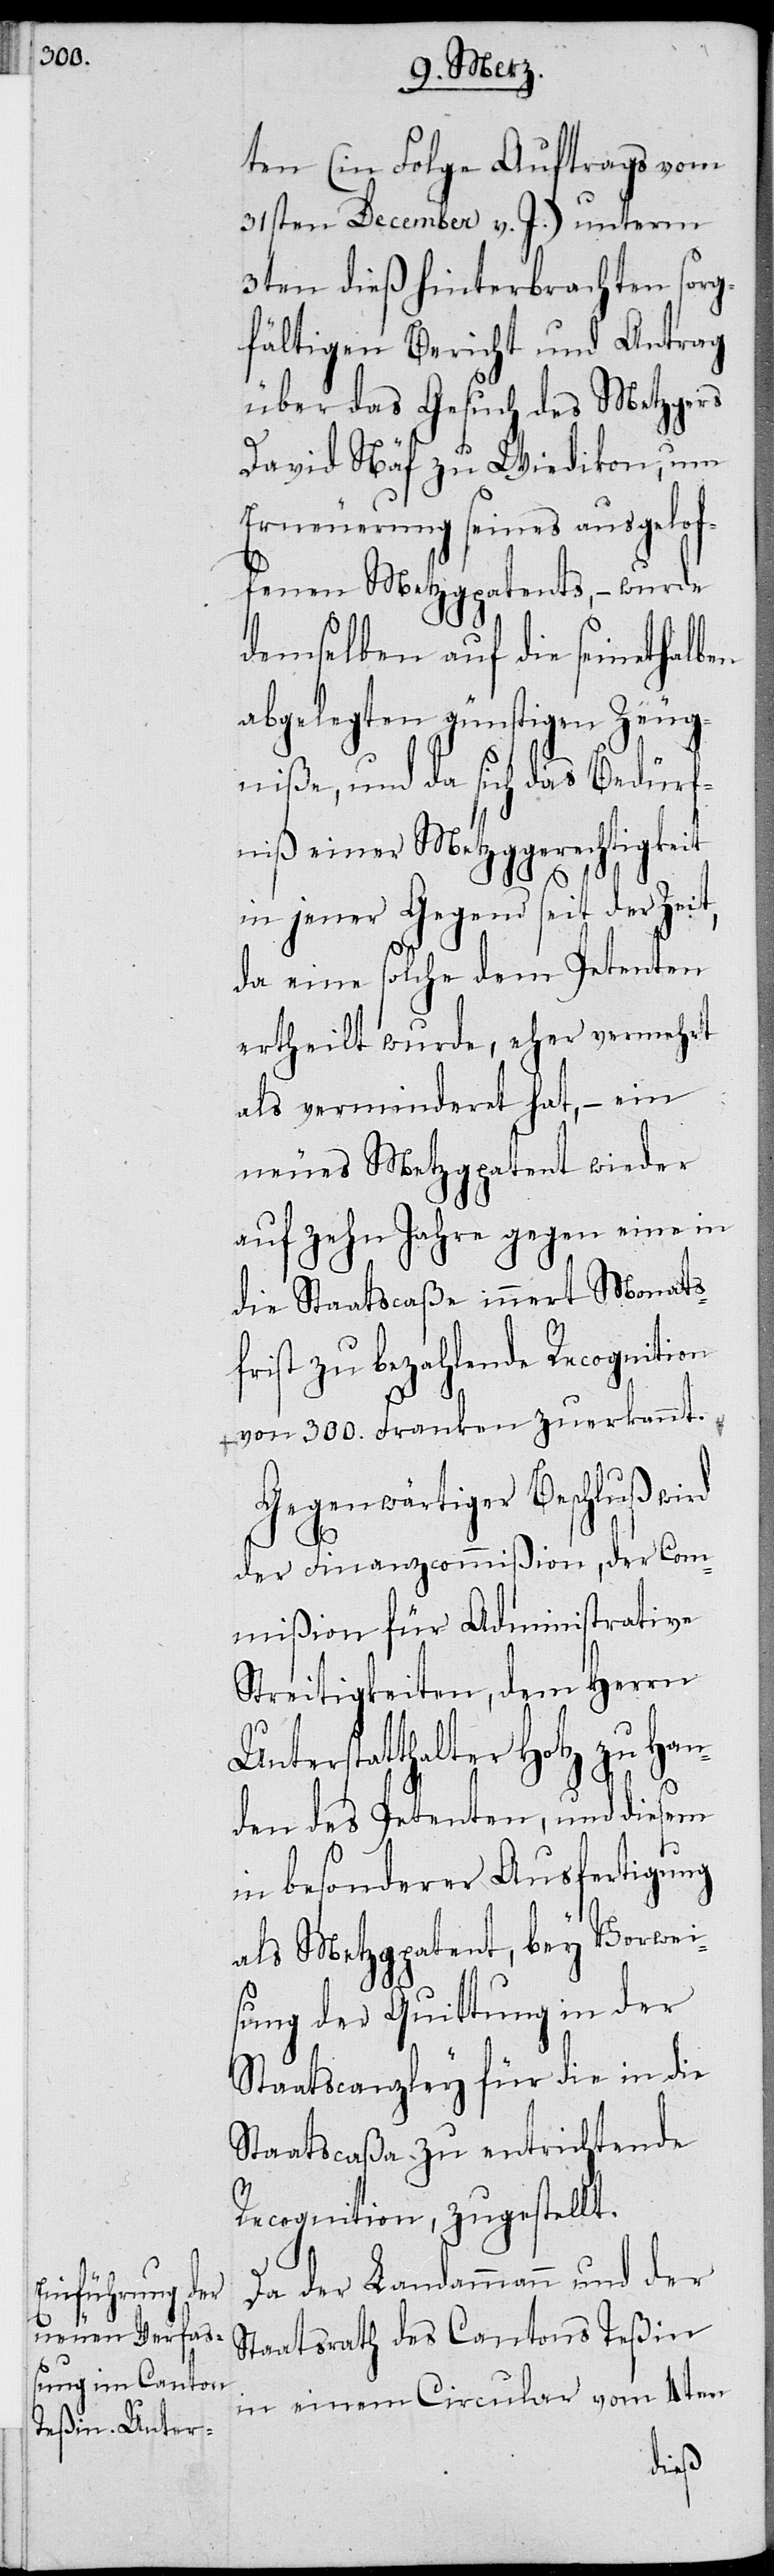
ten (in Folge Auftrags vom
31sten December v. J.) unterm
3ten dieß hinterbrachten sorg¬
fältigen Bericht und Antrag
über das Gesuch des Metzgers
David Näf zu Wiedikon, um
Erneuerung seines ausgelof¬
fenen Metzgpatents, – wurde
demselben auf die seinethalben
abgelegten günstigen Zeug¬
niße, und da sich das Bedürf¬
niß einer Metzggerechtigkeit
in jener Gegend seit der Zeit,
da eine solche dem Petenten
ertheilt wurde, eher vermehrt
als verminderet hat, – ein
neues Metzgpatent wieder
auf zehn Jahre gegen eine in
die Staatscaße innert Monats¬
frist zu bezahlende Recognition
von 300. Franken zuerkannt.
Gegenwärtiger Beschluß wird
der Finanzcommißion, der Com¬
mißion für Administrative
Streitigkeiten, dem Herrn
Unterstatthalter Hotz zu Han¬
den des Petenten, und diesem
in besonderer Ausfertigung
als Metzgpatent, bey Vorwei¬
sung der Quittung in der
Staatscanzley für die in die
Staatscaßa zu entrichtende
Recocnition, zugestellt.
Da der Landammann und der
Staatsrath des Cantons Teßin
in einem Circular vom 4ten